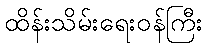
ထိန်းသိမ်းရေးဝန်ကြီး